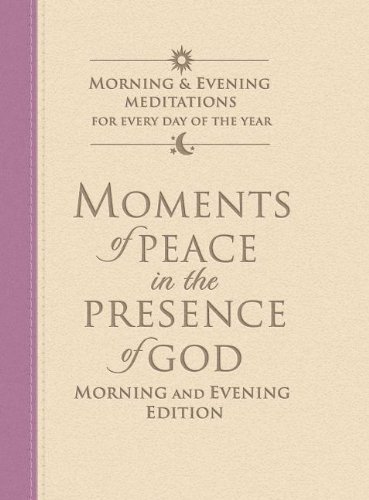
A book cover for Moments of Peace in the Presence of God: Morning and Evening Edition Mauve-Vanilla; Religion & Spirituality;